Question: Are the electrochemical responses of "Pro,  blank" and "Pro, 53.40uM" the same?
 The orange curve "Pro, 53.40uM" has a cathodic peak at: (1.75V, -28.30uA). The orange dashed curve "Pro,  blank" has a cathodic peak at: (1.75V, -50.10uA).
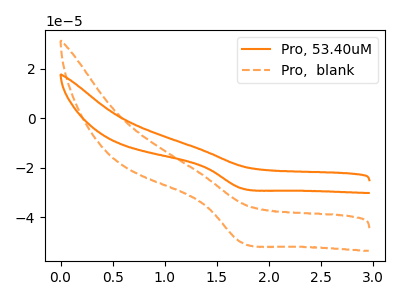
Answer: <think>All the peaks in "Pro,  blank" have a peak in "Pro, 53.40uM" at the same potential. Every peak in "Pro,  blank" is higher than every peak in "Pro, 53.40uM".
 </think>
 <answer>"Pro,  blank" and "Pro, 53.40uM" are similar in shape.</answer>
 <eval>same_shape</eval>